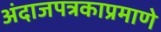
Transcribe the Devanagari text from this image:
अंदाजपत्रकाप्रमाणे